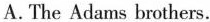
A.The Adams brothers.